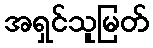
အရှင်သူမြတ်